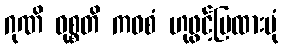
ဂုဏိ ဝုစ္စတိ ကဝစံ ဟုဖွင့်ပြထားပုံ